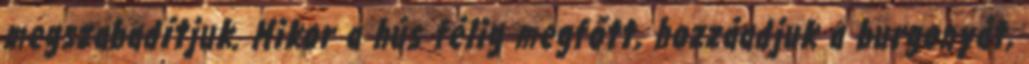
megszabadítjuk. Mikor a hús félig megfőtt, hozzáadjuk a burgonyát,